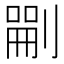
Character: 𠞫